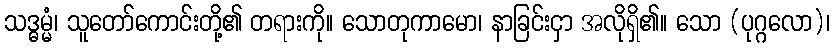
သဒ္ဓမ္မံ၊ သူတော်ကောင်းတို့၏ တရားကို။ သောတုကာမော၊ နာခြင်းငှာ အလိုရှိ၏။ သော (ပုဂ္ဂလော)၊